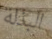
البذلة